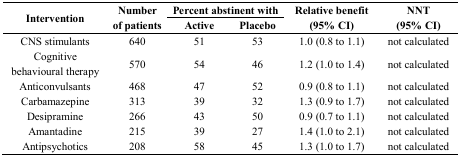
| <ROWSPAN=2> Intervention | <ROWSPAN=2> Number of patients | <COLSPAN=2> Percent abstinent with | <ROWSPAN=2> Relative benefit (95% CI) | <ROWSPAN=2> NNT (95% CI) |
 | Active | Placebo |
 | --- | --- | --- | --- | --- | --- |
 | CNS stimulants | 640 | 51 | 53 | 1.0 (0.8 to 1.1) | not calculated |
 | Cognitive behavioural therapy | 570 | 54 | 46 | 1.2 (1.0 to 1.4) | not calculated |
 | Anticonvulsants | 468 | 47 | 52 | 0.9 (0.8 to 1.1) | not calculated |
 | Carbamazepine | 313 | 39 | 32 | 1.3 (0.9 to 1.7) | not calculated |
 | Desipramine | 266 | 43 | 50 | 0.9 (0.7 to 1.1) | not calculated |
 | Amantadine | 215 | 39 | 27 | 1.4 (1.0 to 2.1) | not calculated |
 | Antipsychotics | 208 | 58 | 45 | 1.3 (1.0 to 1.7) | not calculated |